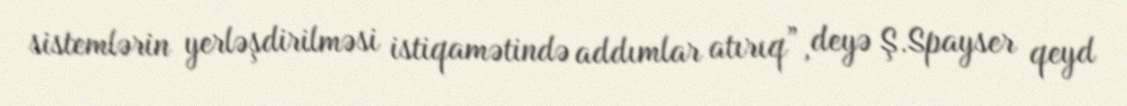
sistemlərin yerləşdirilməsi istiqamətində addımlar atırıq”, deyə Ş.Spayser qeyd